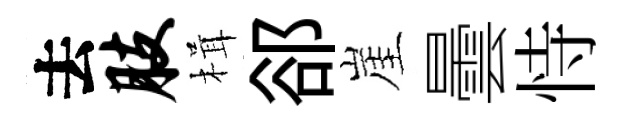
去肢楫郤崖曇恃